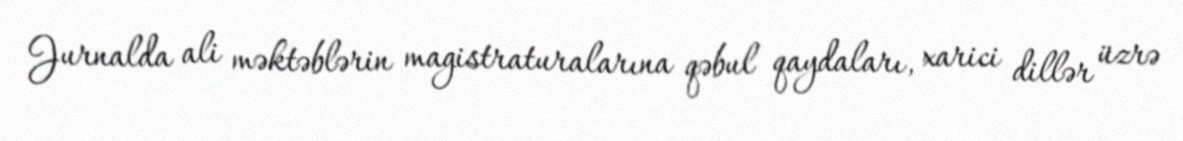
Jurnalda ali məktəblərin magistraturalarına qəbul qaydaları, xarici dillər üzrə